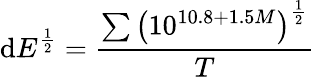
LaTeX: \mathrm{d}E^{\frac{1}{2}}=\frac{\sum\left(10^{10.8+1.5M}\right)^{\frac{1}{2}}}{T}